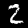
Digit: 2